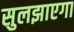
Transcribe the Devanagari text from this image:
सुलझाएगा